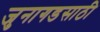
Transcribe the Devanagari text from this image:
जुनागडसाठी